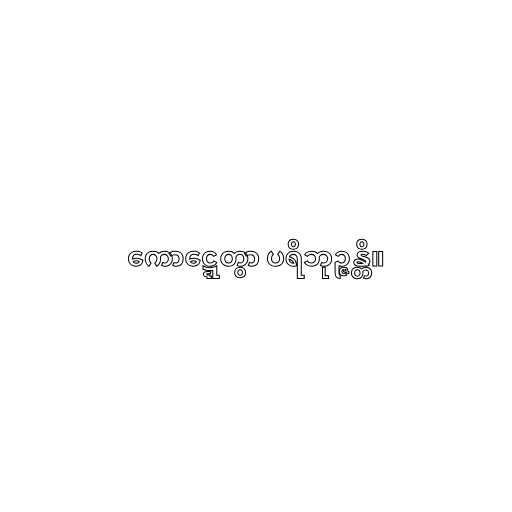
ကောဋ္ဋေတွာ ပရိဘုဉ္ဇန္တိ။